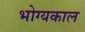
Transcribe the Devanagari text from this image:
भोग्यकाल